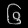
Digit: ၆